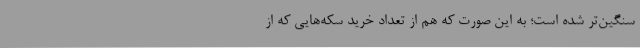
سنگین‌تر شده است؛ به این صورت که هم از تعداد خرید سکه‌هایی که از